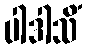
ပါဒါသိံ